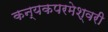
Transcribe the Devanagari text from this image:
कन्‍यकपरमेश्‍वरी